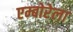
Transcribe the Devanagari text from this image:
एम्बोरेला